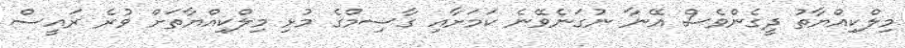
މިލްކިއްޔާތު ދީގެންވެސް އޭނާ ނުގަނެވޭނެ ކަމަށާއި ގާސިމްގެ މުޅި މިލްކިއްޔާތަށް ވުރެ ރައީސް